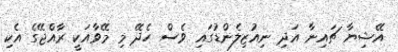
އޭޝިޔާ ޗައިނާ އަދި ނިއުޒިލެންޑުގައި ވެސް ހެދޭ މި މޭވާއަކީ ރާއްޖޭގެ އެކި